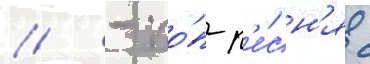
// - по́п-п'е́сн'я с